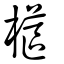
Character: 櫙